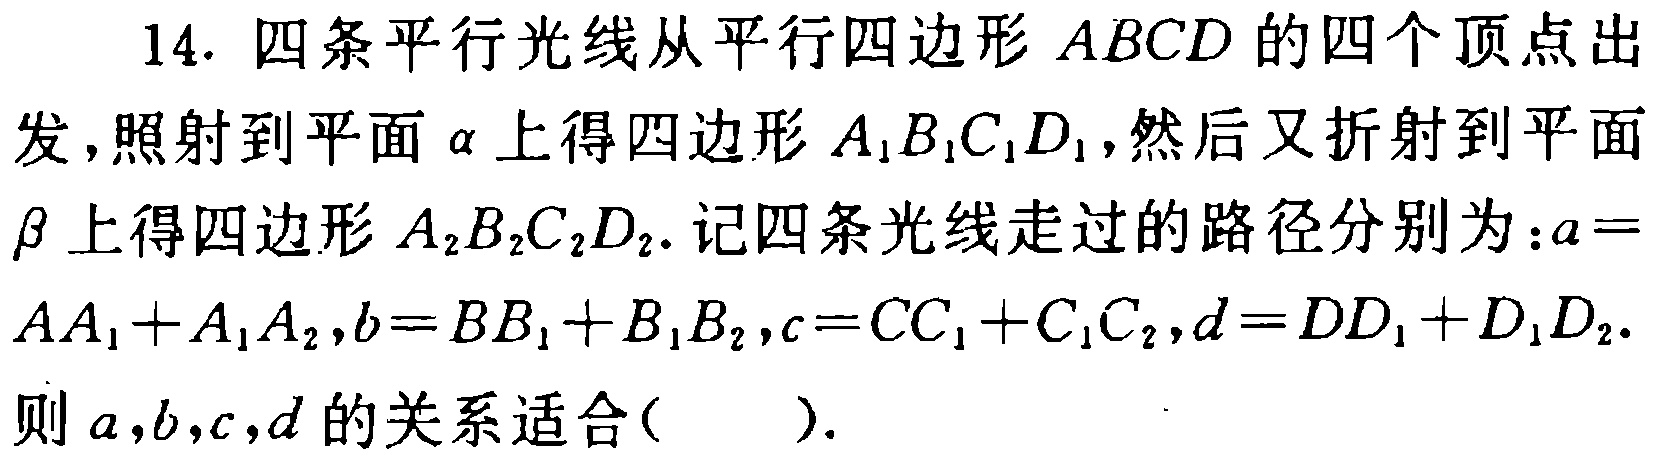
14. 四条平行光线从平行四边形 \(ABCD\) 的四个顶点出发，照射到平面 \(\alpha\) 上得四边形 \(A_{1}B_{1}C_{1}D_{1}\)，然后又折射到平面 \(\beta\) 上得四边形 \(A_{2}B_{2}C_{2}D_{2}\). 记四条光线走过的路径分别为：\(a = AA_{1}+A_{1}A_{2},b = BB_{1}+B_{1}B_{2},c = CC_{1}+C_{1}C_{2},d = DD_{1}+D_{1}D_{2}\). 则 \(a,b,c,d\) 的关系适合(  ).